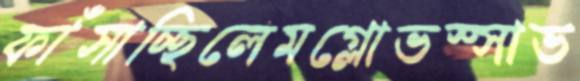
ফাঁসাচ্ছিলেমগ্লোভস্সাভ